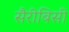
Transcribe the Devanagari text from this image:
सैरीबिसी